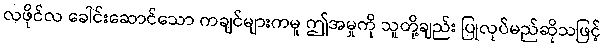
လဖိုင်လ ခေါင်းဆောင်သော ကချင်များကမူ ဤအမှုကို သူတို့ချည်း ပြုလုပ်မည်ဆိုသဖြင့်